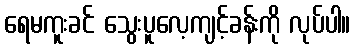
ရေမကူးခင် သွေးပူလေ့ကျင့်ခန်းကို လုပ်ပါ။